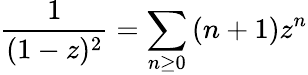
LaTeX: {\frac{1}{(1-z)^{2}}}=\sum_{n\geq 0}{(n+1)z^{n}}